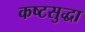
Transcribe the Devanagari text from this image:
कष्टसुद्धा